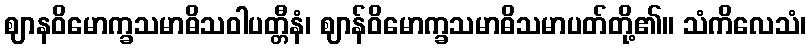
ဈာနဝိမောက္ခသမာဓိသဝါပတ္တီနံ၊ ဈာန်ဝိမောက္ခသမာဓိသမာပတ်တို့၏။ သံကိလေသံ၊